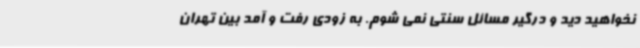
نخواهید دید و درگیر مسائل سنتی نمی شوم. به زودی رفت و آمد بین تهران